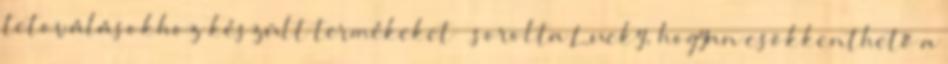
tetoválásokhoz készült termékeket – sorolta Lucky, hogyan csökkenthető a